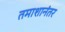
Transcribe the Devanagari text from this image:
तमाशानंतर